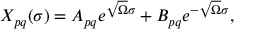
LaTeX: \begin{array} { l c r } { { X _ { p q } ( \sigma ) = A _ { p q } e ^ { \sqrt { \Omega } \sigma } + B _ { p q } e ^ { - \sqrt { \Omega } \sigma } , } } \end{array}